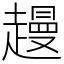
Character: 䟂